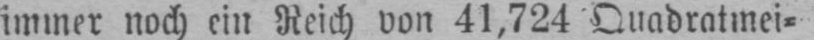
immer noch ein Reich von 41,724 Quadratmei⸗